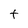
Character: t